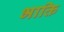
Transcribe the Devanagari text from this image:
भाक्ति